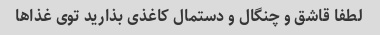
لطفا قاشق و چنگال و دستمال کاغذی بذارید توى غذاها